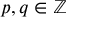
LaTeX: p , q \in \mathbb { Z }